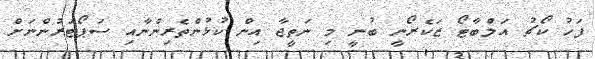
ފަހު ކޯޗު އަލްބާޓޯ ޒަކެރޯނީ ބުނީ މި ނަތީޖާ އިން ކުޅުންތެރިންނާއި ސަޕޯޓަރުންނަށް